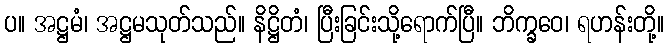
ပ။ အဋ္ဌမံ၊ အဋ္ဌမသုတ်သည်။ နိဋ္ဌိတံ၊ ပြီးခြင်းသို့ရောက်ပြီ။ ဘိက္ခဝေ၊ ရဟန်းတို့။